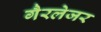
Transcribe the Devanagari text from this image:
गैरलेजर